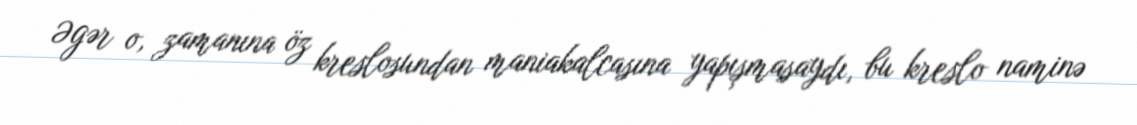
Əgər o, zamanına öz kreslosundan maniakalcasına yapışmasaydı, bu kreslo naminə